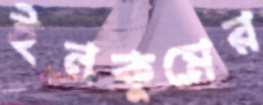
ইনকুমের